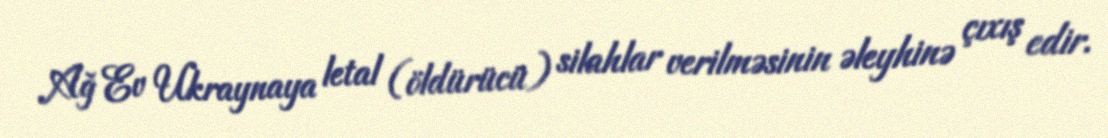
Ağ Ev Ukraynaya letal (öldürücü) silahlar verilməsinin əleyhinə çıxış edir.